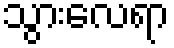
သွားလေရာ